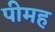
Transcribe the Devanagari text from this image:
पीमह